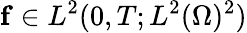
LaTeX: \mathbf{f}\in L^{2}(0,T;L^{2}(\Omega)^{2})